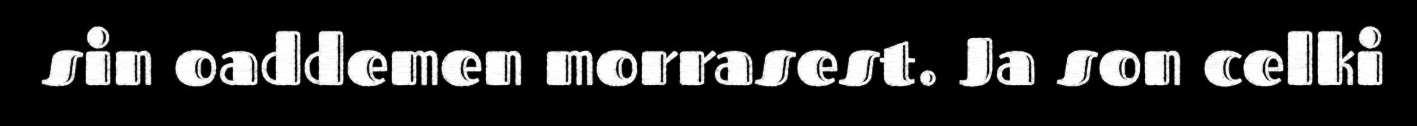
sin oaddemen morrasest. Ja son celki